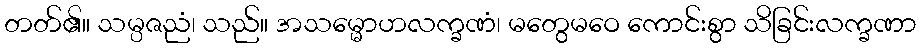
တတ်၏။ သမ္ပဇညံ၊ သည်။ အသမ္မောဟလက္ခဏံ၊ မတွေမဝေ ကောင်းစွာ သိခြင်းလက္ခဏာ